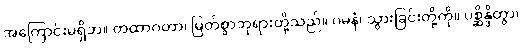
အကြောင်းမရှိဘဲ။ တထာဂတာ၊ မြတ်စွာဘုရားတို့သည်။ ဂမနံ၊ သွားခြင်းတို့ကို။ ပစ္ဆိန္ဒိတွာ၊